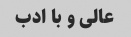
عالی و با ادب